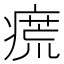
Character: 𱱝